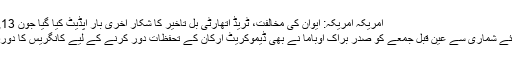
امریکہ امریکہ: ایوان کی مخالفت، ٹریڈ اتھارٹی بِل تاخیر کا شکار آخری بار اپڈیٹ کیا گیا جون 13, 2015
بِل پر رائے شماری سے عین قبل جمعے کو صدر براک اوباما نے بھی ڈیموکریٹ ارکان کے تحفظات دور کرنے کے لیے کانگریس کا دورہ کیا تھا۔